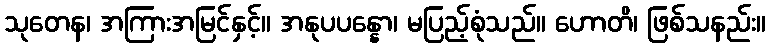
သုတေန၊ အကြားအမြင်နှင့်။ အနုပပန္နော၊ မပြည့်စုံသည်။ ဟောတိ၊ ဖြစ်သနည်း။